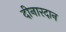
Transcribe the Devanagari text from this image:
दीनारदान